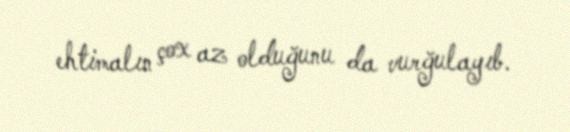
ehtimalın çox az olduğunu da vurğulayıb.